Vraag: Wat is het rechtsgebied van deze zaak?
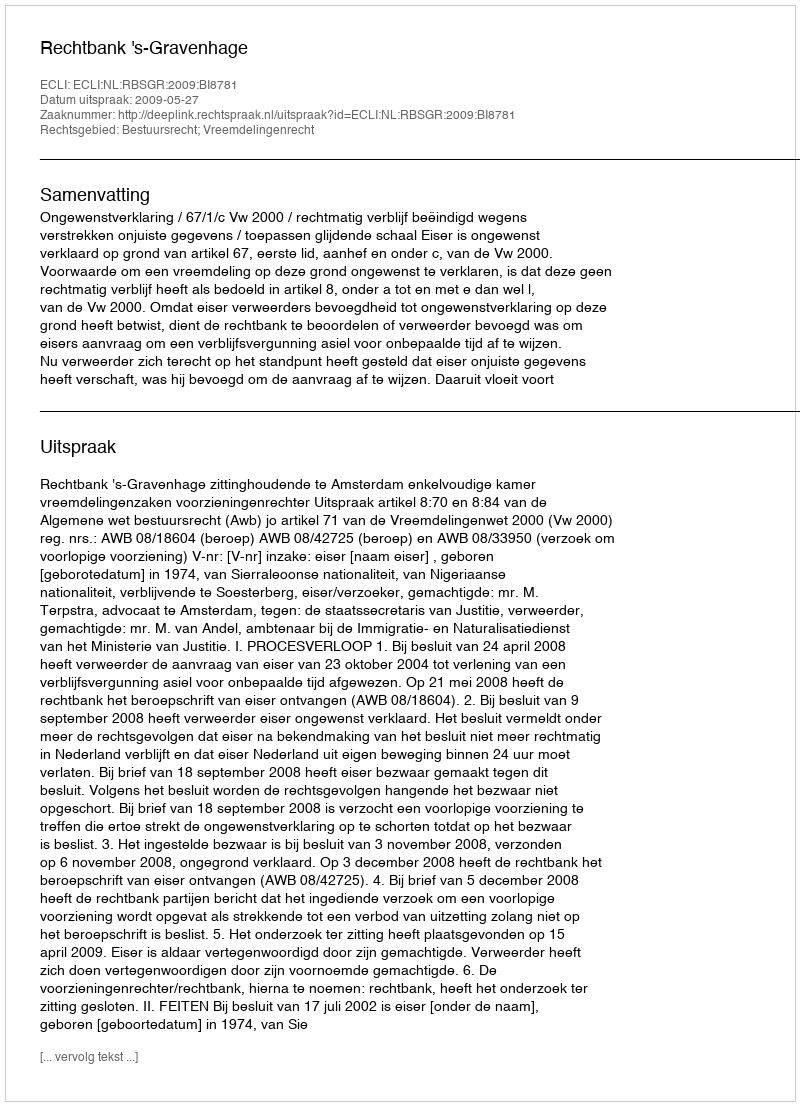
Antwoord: Bestuursrecht; Vreemdelingenrecht